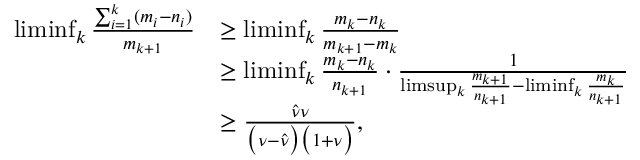
\begin{array} { r l } { \operatorname* { l i m i n f } _ { k } \frac { \sum _ { i = 1 } ^ { k } ( m _ { i } - n _ { i } ) } { m _ { k + 1 } } } & { \ge \operatorname* { l i m i n f } _ { k } \frac { m _ { k } - n _ { k } } { m _ { k + 1 } - m _ { k } } } \\ & { \ge \operatorname* { l i m i n f } _ { k } \frac { m _ { k } - n _ { k } } { n _ { k + 1 } } \cdot \frac { 1 } { \operatorname* { l i m s u p } _ { k } \frac { m _ { k + 1 } } { n _ { k + 1 } } - \operatorname* { l i m i n f } _ { k } \frac { m _ { k } } { n _ { k + 1 } } } } \\ & { \ge \frac { \hat { \nu } \nu } { \big ( \nu - \hat { \nu } \big ) \big ( 1 + \nu \big ) } , } \end{array}